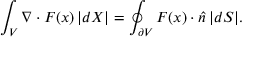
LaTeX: \int _ { V } \nabla \cdot F ( x ) \, | d X | = \oint _ { \partial V } F ( x ) \cdot { \hat { n } } \, | d S | .